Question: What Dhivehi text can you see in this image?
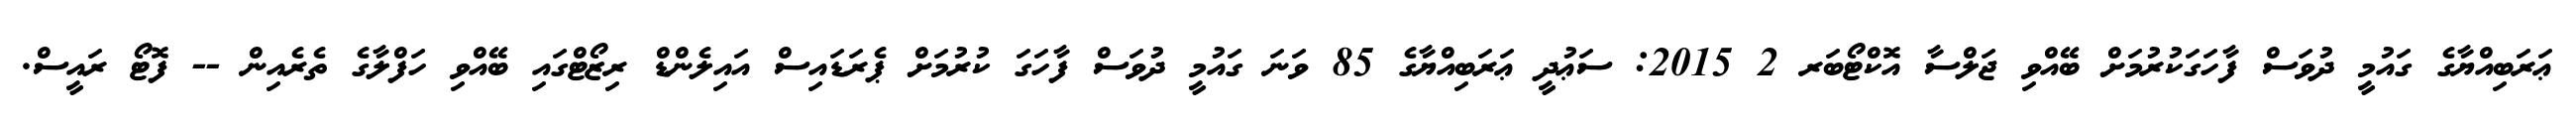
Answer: ޢަރަބިއްޔާގެ ގައުމީ ދުވަސް ފާހަގަކުރުމަށް ބޭއްވި ޖަލްސާ އޮކްޓޯބަރ 2 2015: ސަޢުދީ ޢަރަބިއްޔާގެ 85 ވަނަ ގައުމީ ދުވަސް ފާހަގަ ކުރުމަށް ޕެރަޑައިސް އައިލެންޑް ރިޒޯޓްގައި ބޭއްވި ހަފްލާގެ ތެރެއިން -- ފޮޓޯ ރައީސް.